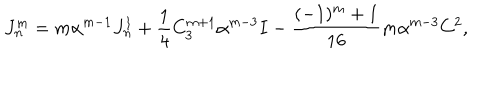
LaTeX: J _ { n } ^ { m } = m \alpha ^ { m - 1 } J _ { n } ^ { 1 } + \frac 1 4 C _ { 3 } ^ { m + 1 } \alpha ^ { m - 3 } I - \frac { ( - 1 ) ^ { m } + 1 } { 1 6 } m \alpha ^ { m - 3 } C ^ { 2 } ,